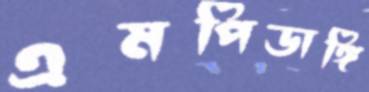
এমপিডাঙ্গি